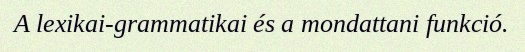
A lexikai-grammatikai és a mondattani funkció.